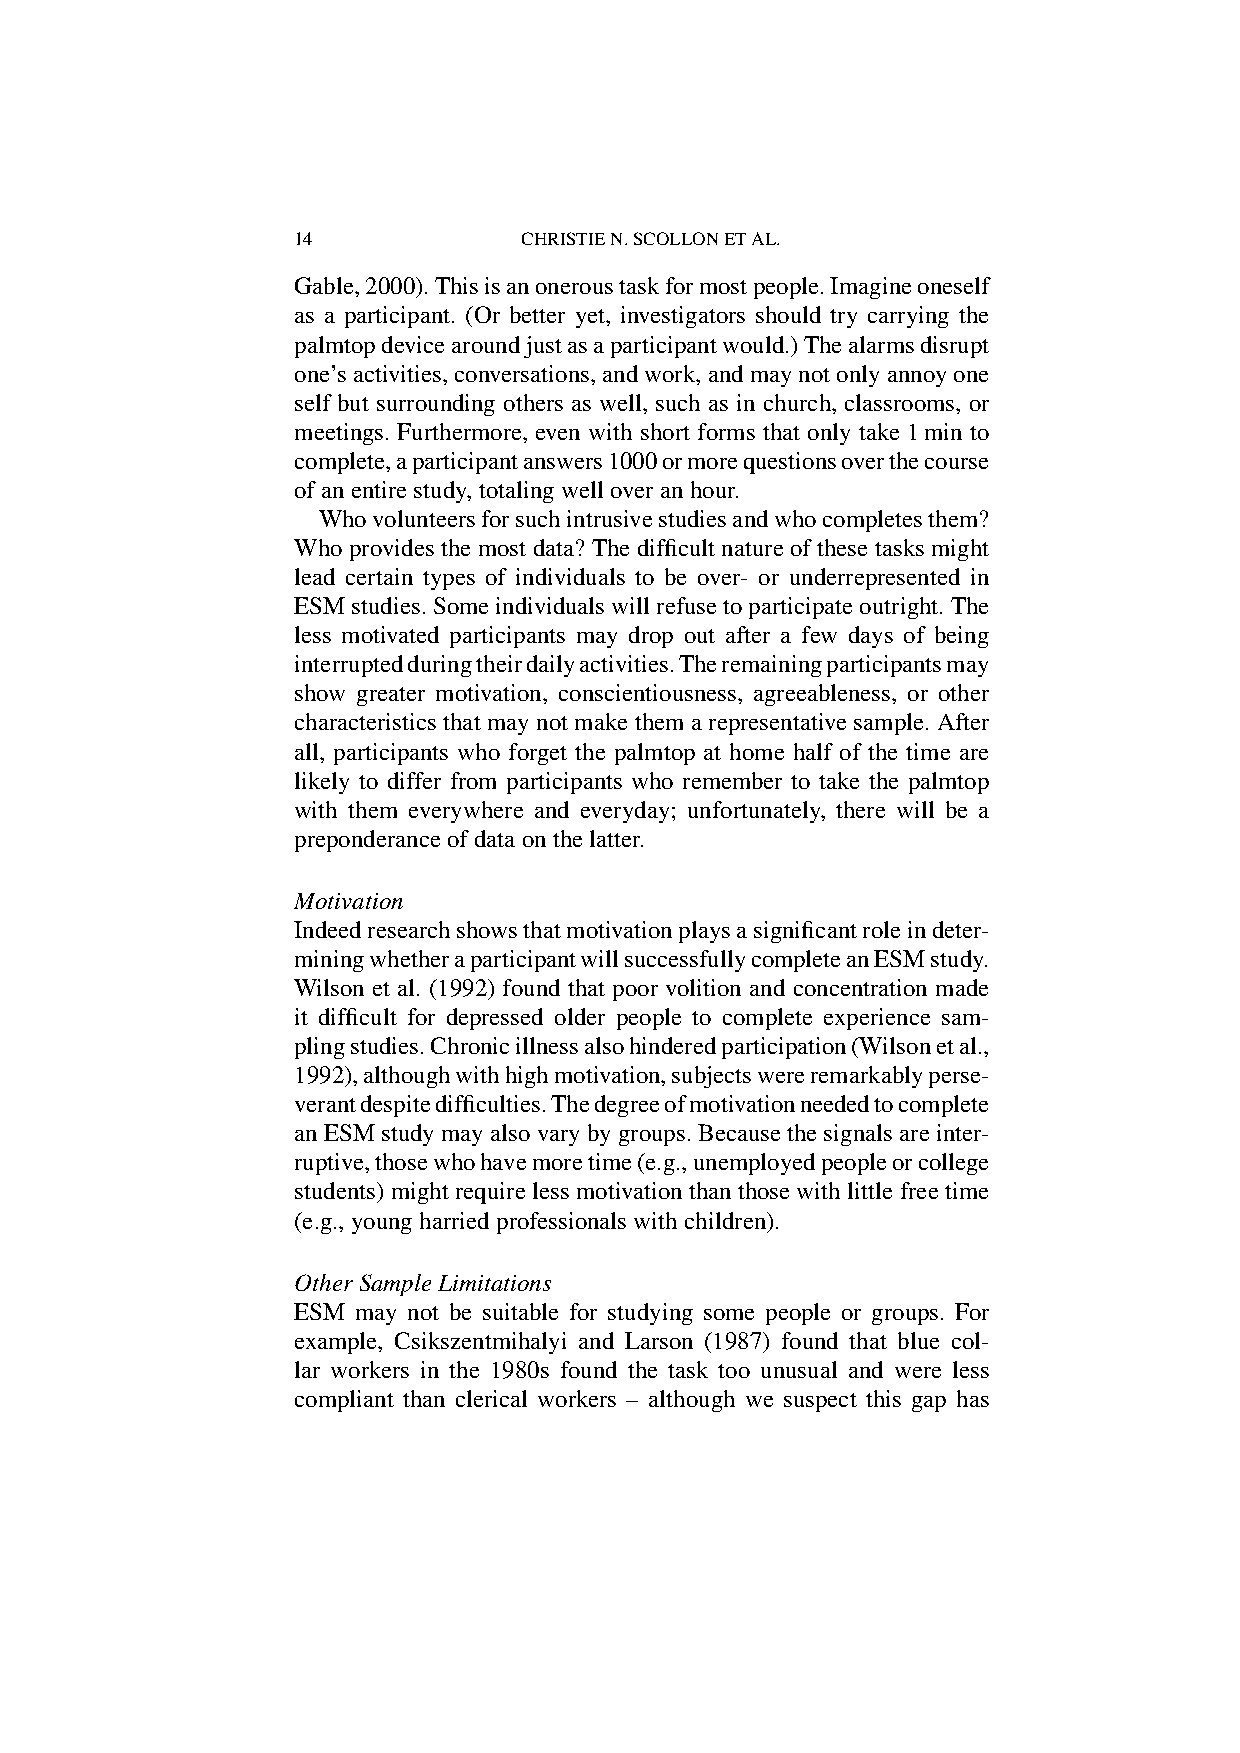
14              CHRISTIEN.SCOLLONETAL.
 Gable,2000).Thisisanoneroustaskformostpeople.Imagineoneself
 as a participant. (Or better yet, investigators should try carrying the
 palmtopdevicearoundjustasaparticipantwould.)Thealarmsdisrupt
 one’sactivities,conversations,andwork,andmaynotonlyannoyone
 self but surrounding others as well, such as in church, classrooms, or
 meetings. Furthermore, even with short forms that only take 1min to
 complete,aparticipantanswers1000ormorequestionsoverthecourse
 ofanentirestudy,totalingwelloveranhour.
 Whovolunteersforsuchintrusivestudiesandwhocompletesthem?
 Who provides the most data? The difficult nature of these tasks might
 lead certain types of individuals to be over- or underrepresented in
 ESMstudies.Someindividualswillrefusetoparticipateoutright.The
 less motivated participants may drop out after a few days of being
 interruptedduringtheirdailyactivities.Theremainingparticipantsmay
 show greater motivation, conscientiousness, agreeableness, or other
 characteristics that may not make them a representative sample. After
 all, participants who forget the palmtop at home half of the time are
 likely to differ from participants who remember to take the palmtop
 with them everywhere and everyday; unfortunately, there will be a
 preponderanceofdataonthelatter.
 Motivation
 Indeedresearchshowsthatmotivationplaysasignificantroleindeter-
 miningwhetheraparticipantwillsuccessfullycompleteanESMstudy.
 Wilson et al. (1992) found that poor volition and concentration made
 it difficult for depressed older people to complete experience sam-
 plingstudies.Chronicillnessalsohinderedparticipation(Wilsonetal.,
 1992),althoughwithhighmotivation,subjectswereremarkablyperse-
 verantdespitedifficulties.Thedegreeofmotivationneededtocomplete
 anESMstudymayalsovarybygroups.Becausethesignalsareinter-
 ruptive,thosewhohavemoretime(e.g.,unemployedpeopleorcollege
 students) might require less motivation than those with little free time
 (e.g.,youngharriedprofessionalswithchildren).
 OtherSampleLimitations
 ESM may not be suitable for studying some people or groups. For
 example, Csikszentmihalyi and Larson (1987) found that blue col-
 lar workers in the 1980s found the task too unusual and were less
 compliant than clerical workers – although we suspect this gap has